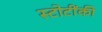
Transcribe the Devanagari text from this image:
स्टोटींकी